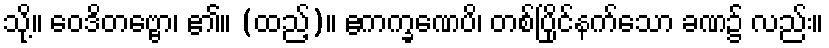
သို့။ ဝေဒိတဗ္ဗော၊ ၏။ (ထည့်)။ ဧကက္ခဏေပိ၊ တစ်ပြိုင်နက်သော ခဏ၌ လည်း။